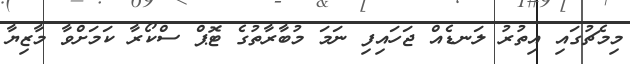
މިމެޗުގައި އިތުރު ލަނޑެއް ޖަހައިފި ނަމަ މުބާރާތުގެ ޓޮޕް ސްކޯރާ ކަމަށްވާ މާޒިޔާ